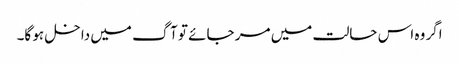
اگر وہ اس حالت میں مر جائے تو آگ میں داخل ہو گا۔